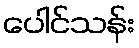
ပေါင်သန်း